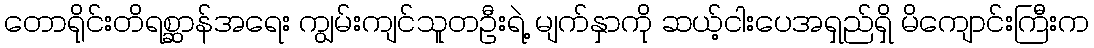
တောရိုင်းတိရစ္ဆာန်အရေး ကျွမ်းကျင်သူတဦးရဲ့ မျက်နှာကို ဆယ့်ငါးပေအရှည်ရှိ မိကျောင်းကြီးက